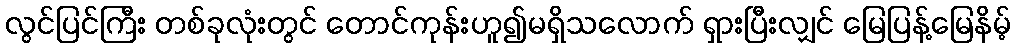
လွင်ပြင်ကြီး တစ်ခုလုံးတွင် တောင်ကုန်းဟူ၍မရှိသလောက် ရှားပြီးလျှင် မြေပြန့်မြေနိမ့်